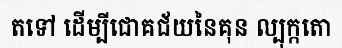
តទៅ ដើម្បីជោគជ័យនៃគុន ល្បុក្កតោ